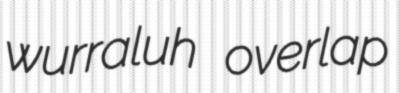
wurraluh overlap